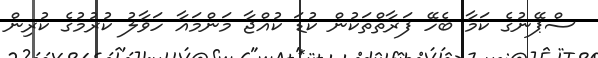
ސްޕޭނުގެ ކަމާ ބެހޭ ފަރާތްތަކުން ކުޑަ ކުއްޖާ މަންމައާ ހަވާލު ކުރުމުގެ ކުރިން